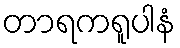
တာရကရူပါနံ